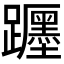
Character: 𨇠